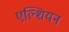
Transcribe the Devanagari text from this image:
एल्शियन